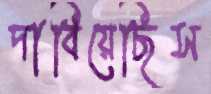
দাবিয়েছিস